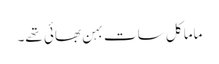
ماما کل سات بہن بھائی تھے۔